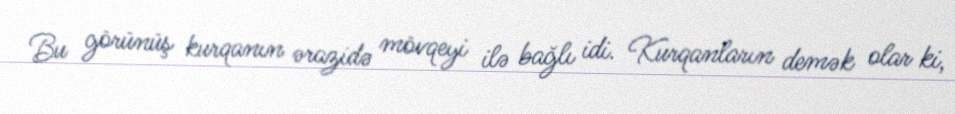
Bu görünüş kurqanın ərazidə mövqeyi ilə bağlı idi. Kurqanların demək olar ki,